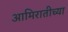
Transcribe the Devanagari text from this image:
आमिरातीच्या